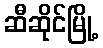
ဆီဆိုင်မြို့